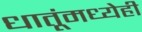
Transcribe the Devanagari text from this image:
धातूंमध्येही